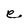
Character: e